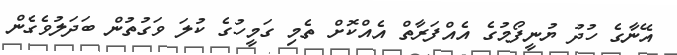
އޭނާގެ ހުދު ޔުނީފޯމުގެ އެއްފަރާތް އެއްކޮށް ތެމި ގަމީހުގެ ކުލަ ވަގުތުން ބަދަލުވެގެން